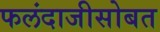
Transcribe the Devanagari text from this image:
फलंदाजीसोबत